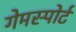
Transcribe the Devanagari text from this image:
गेमस्पोर्ट